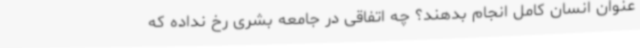
عنوان انسان کامل انجام بدهند؟ چه اتفاقی در جامعه بشری رخ نداده که